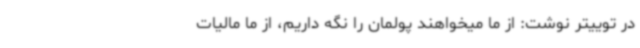
در توییتر نوشت: از ما میخواهند پولمان را نگه داریم، از ما مالیات